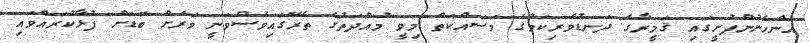
އަންހެނުންފުށީގައި ޤަމީރާގެ ދަނޑުވެރިކަމުގެ މަސައްކަތް މިވީ މުއްދަތުގެ ތެރޭގައިވެސްވަނީ ވަރަށް ބޮޑަށް ފުޅާކުރައްވައި